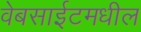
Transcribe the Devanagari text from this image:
वेबसाईटमधील